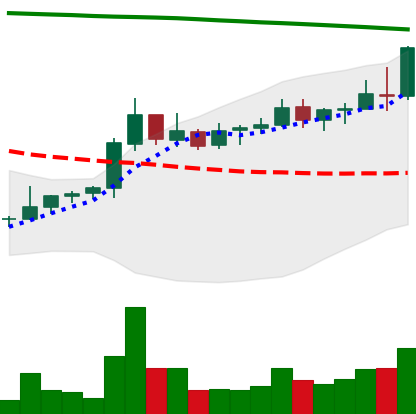
Ticker: NEO-USD
Chart end date: 2021-08-13
Forward return: -6.926%
Label: down_5_7